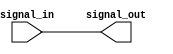
module transmission_gate_delay(
    input wire signal_in,
    output wire signal_out
);

wire delay_signal;

assign #10 delay_signal = signal_in; // 10 units delay

assign signal_out = delay_signal;

endmodule